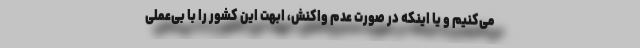
می‌کنیم و یا اینکه در صورت عدم واکنش، ابهت این کشور را با بی‌عملی